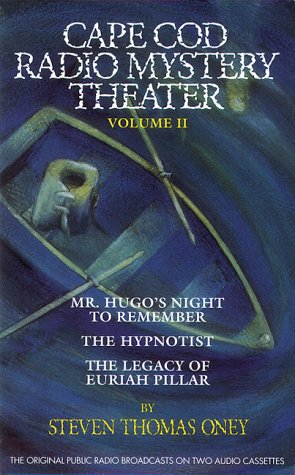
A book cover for Cape Cod Mystery Theater, Vol. 2; Steven Thomas Oney; Humor & Entertainment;